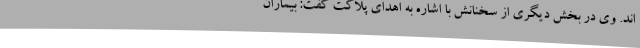
اند. وی در بخش دیگری از سخنانش با اشاره به اهدای پلاکت گفت: بیماران